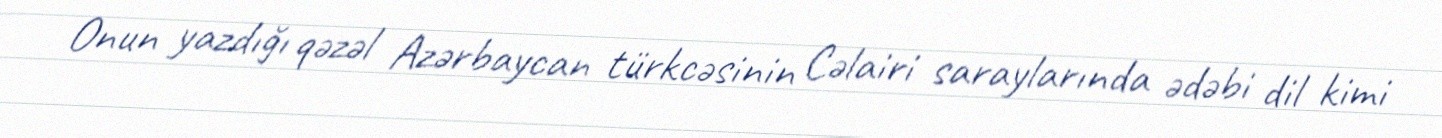
Onun yazdığı qəzəl Azərbaycan türkcəsinin Cəlairi saraylarında ədəbi dil kimi